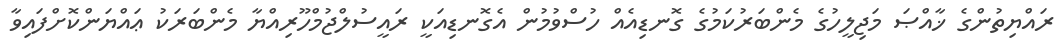
ރައްޔިތުންގެ ޚާއްޞަ މަޖިލީހުގެ މެންބަރުކަމުގެ ގޮނޑިއެއް ހުސްވުމުން އެގޮނޑިއަކީ ރައީސުލްޖުމްހޫރިއްޔާ މެންބަރަކު ޢައްޔަންކޮށްފައިވާ